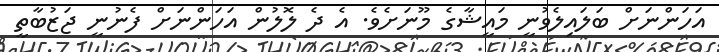
އަހަންނަށް ބަލައިލެވުނީ މައީޝާގެ މޫނަށެވެ. އެ ދެ ލޮލުން އަހަންނަށް ފެނުނީ ޖަޒުބާތީ